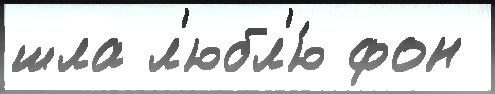
шла л'юбл'ю́ фон